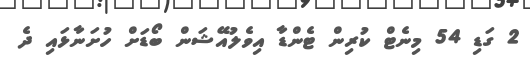
2 ގަޑި 54 މިނެޓް ކުރިން ޓެންޑާ އިވެލުއޭޝަން ބޯޑަށް ހުށަނާޅައި ދެ